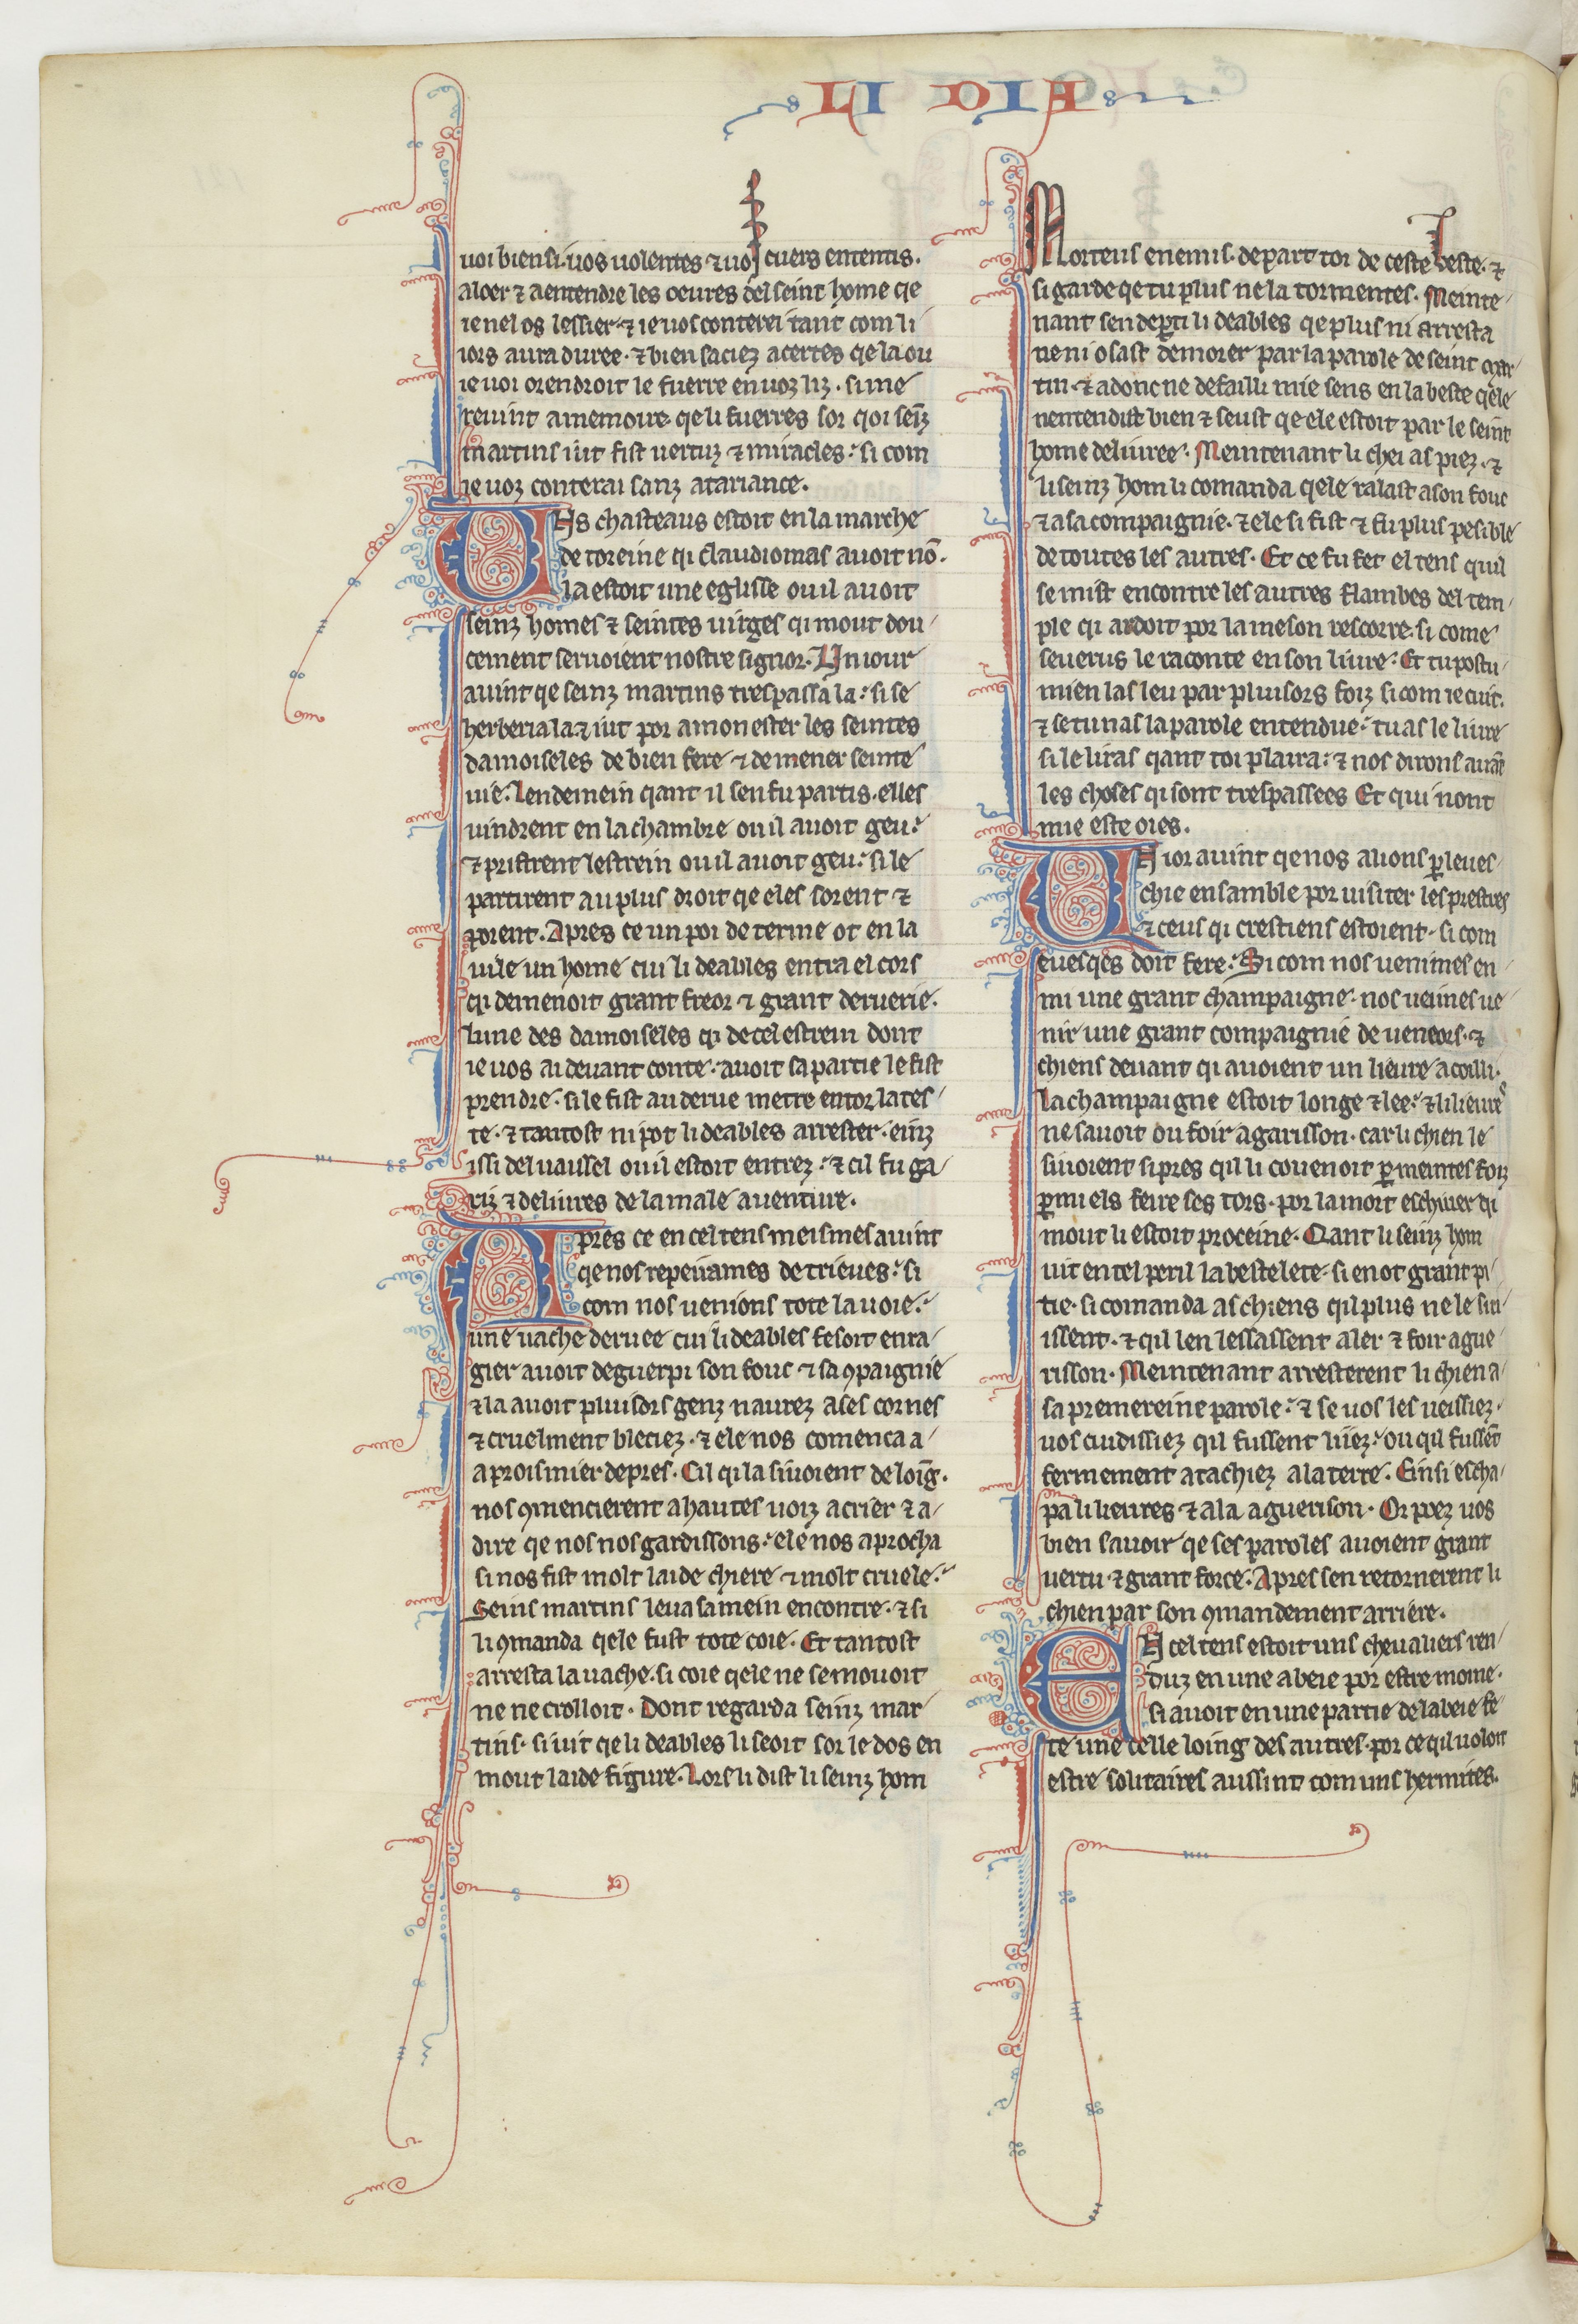
Shelfmark: Paris, BnF, fr. 412
Century: 13